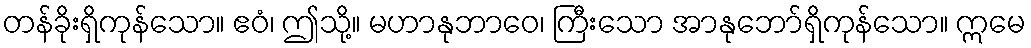
တန်ခိုးရှိကုန်သော။ ဧဝံ၊ ဤသို့။ မဟာနုဘာဝေ၊ ကြီးသော အာနုဘော်ရှိကုန်သော။ ဣမေ